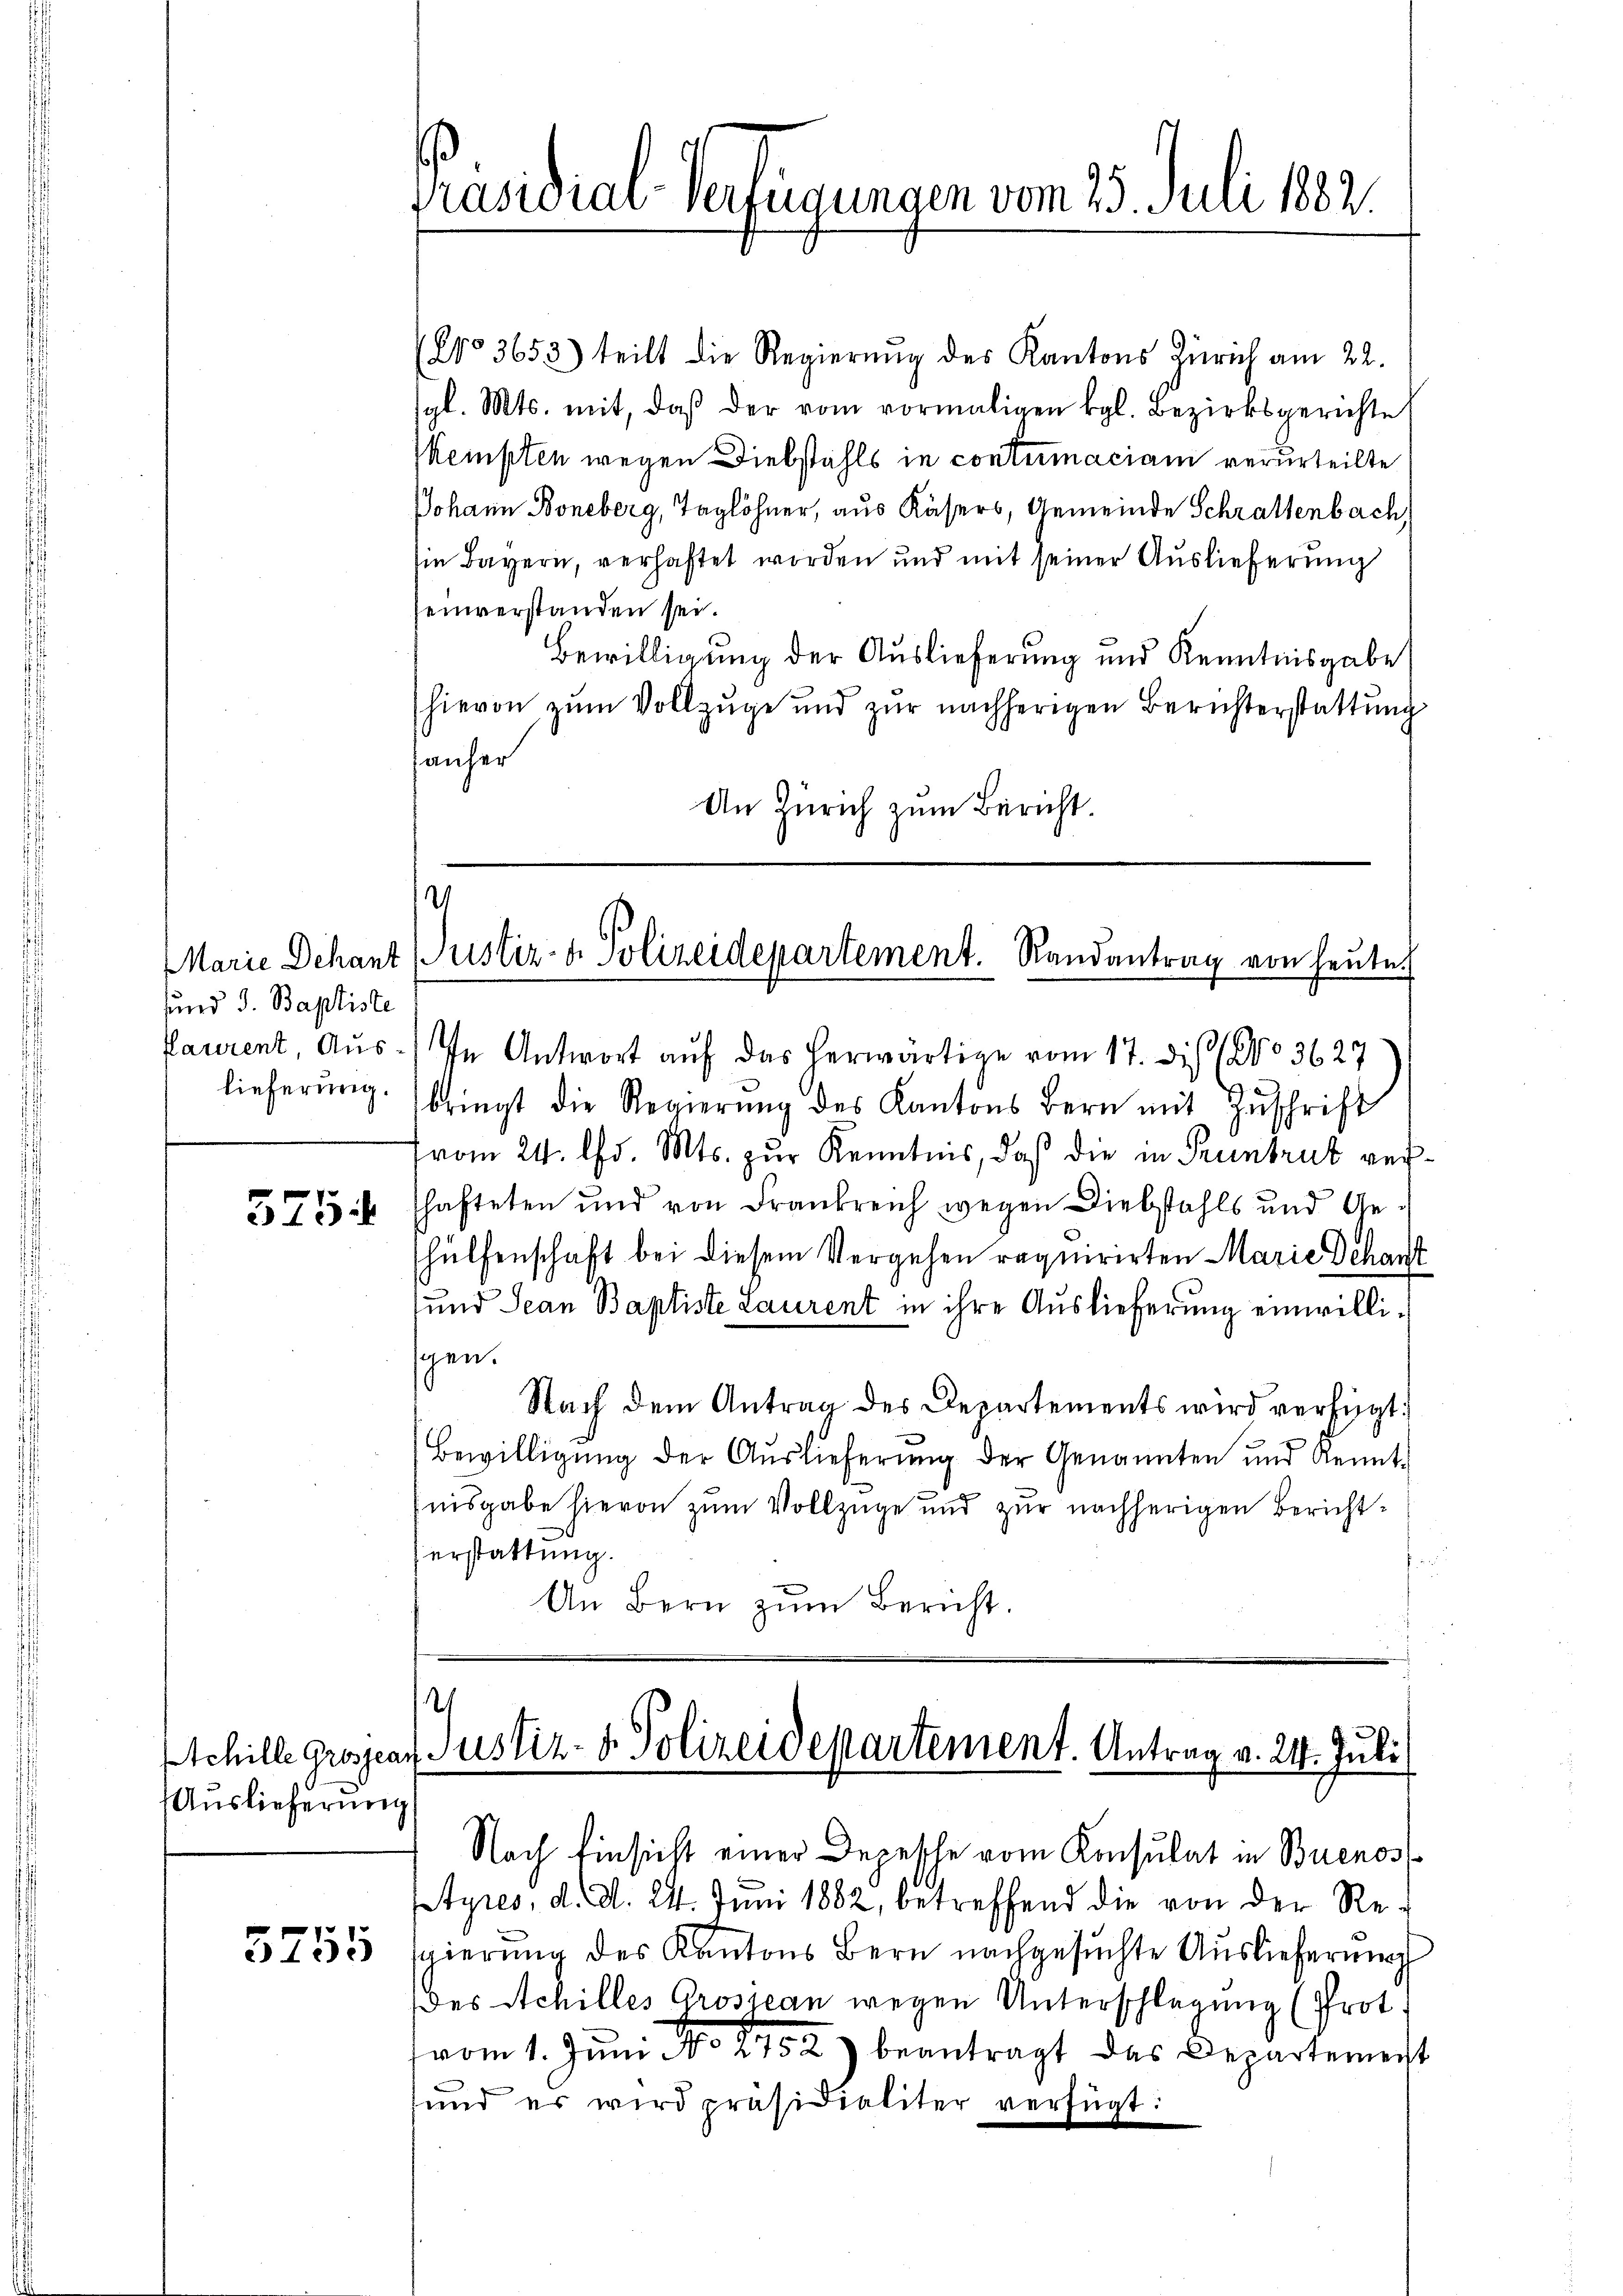
sund 3. Baptiste

575

Auslieferung

5755

(No 3653) teilt die Regierŭng des Kantons Zürich am 22.
gl. Mts. mit, daß der vom vormaligen kgl. Bezirksgerichte
Kempten wegen Diebstahls in contumaciam verurteilte
Johann Boneberg, Taglöhner, aus Käsers, Gemeinde Schrattenbach,
in Bayern, verhaftet worden und mit seiner Auslieferung
einverstanden sei.
Bewilligung der Auslieferung und Kenntnisgabe
hievon zum Vollzuge und zur nachherigen Berichterstattung
fauher
An Zürich zum Bericht.

Präsidial-Verfügungen vom 25. Juli 1882.

2
Marie Dekant (Justiz- & Polizeidepartement. Randantrag von heute.

Paurent, Aus- In Antwort auf das herwärtige vom 17. dis (No 3627
lieferŭng bringt die Regierŭng des Kantons Bern mit Zŭschrift
vom 24. d. Mts. zur Kenntnis, daß die in Pruntrut verschafteten und von Frankreich wegen Diebstahls und Gehülfenschaft bei diesem Vergehen requirirten Marie Schant
sund Jean Baptiste Laurent in ihre Auslieferung einwilligen.
Nach dem Antrag des Departements wird verfügt:
Bewilligŭng der Auslieferung der Genannten und Kenntnisgabe hievon zum Vollzüge und zur nachherigen Bericht¬
Verstattung.
i
An Bern zŭm Bericht.

2
Schille Grossens Justiz- & Polizeidepartement. Antrag v. 24. Juli

Nach Einsicht einer Depesche vom Konsulat in Buenos
Etyres, d. d. 24. Juni 1882, betreffend die von der Regierung des Kantons Bern nachgesuchte Auslieferung
(des Achilles Grosican wegen Unterschlagung (Prot.
vom 1. Juni No 2752) beantragt das Departement

und er wird präsidialiter verfügt: